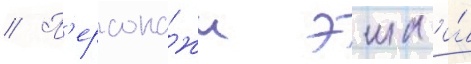
// П'ерсона́жи эша и́